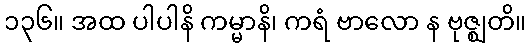
၁၃၆။ အထ ပါပါနိ ကမ္မာနိ၊ ကရံ ဗာလော န ဗုဇ္ဈတိ။